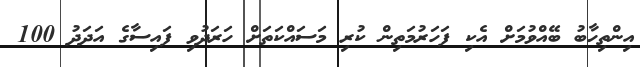
އިންތިހާބު ބޭއްވުމަށް އެކި ފަހަރުމަތިން ކުރި މަސައްކަތަށް ހަރަދުވި ފައިސާގެ އަދަދު 100